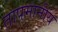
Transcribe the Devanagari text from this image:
तापमानीय